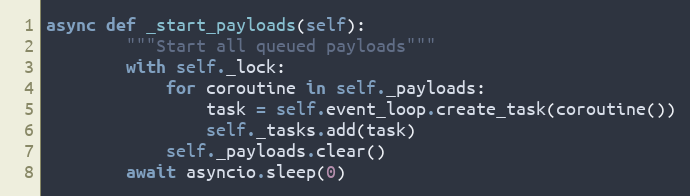
Language: Python
async def _start_payloads(self):
        """Start all queued payloads"""
        with self._lock:
            for coroutine in self._payloads:
                task = self.event_loop.create_task(coroutine())
                self._tasks.add(task)
            self._payloads.clear()
        await asyncio.sleep(0)